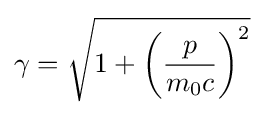
\gamma ={\sqrt {1+\left({\frac {p}{m_{0}c}}\right)^{2}}}